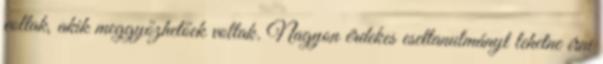
voltak, akik meggyőzhetőek voltak. Nagyon érdekes esettanulmányt lehetne írni